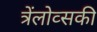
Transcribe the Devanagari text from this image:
त्रेंलोव्सकी